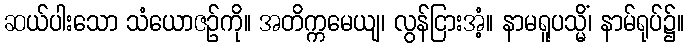
ဆယ်ပါးသော သံယောဇဉ်ကို။ အတိက္ကမေယျ၊ လွန်ငြားအံ့။ နာမရူပသ္မိံ၊ နာမ်ရုပ်၌။